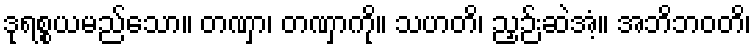
ဒုရစ္စယမည်သော။ တဏှာ၊ တဏှာကို။ သဟတိ၊ ညှဉ်းဆဲအံ့။ အဘိဘဝတိ၊